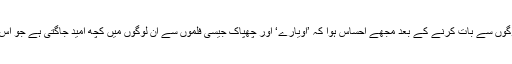
ایسے بہت سارے لوگوں سے بات کرنے کے بعد مجھے احساس ہوا کہ ’اویارے‘ اور چھپاک جیسی فلموں سے ان لوگوں میں کچھ امید جاگتی ہے جو اس کا شکار ہوئے ہیں۔